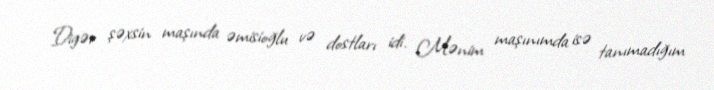
Digər şəxsin maşında əmisioğlu və dostları idi. Mənim maşınımda isə tanımadığım